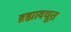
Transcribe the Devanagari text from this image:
ब्रह्मावधूत